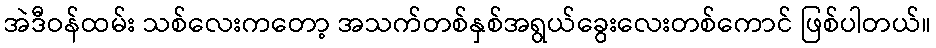
အဲဒီဝန်ထမ်း သစ်လေးကတော့ အသက်တစ်နှစ်အရွယ်ခွေးလေးတစ်ကောင် ဖြစ်ပါတယ်။